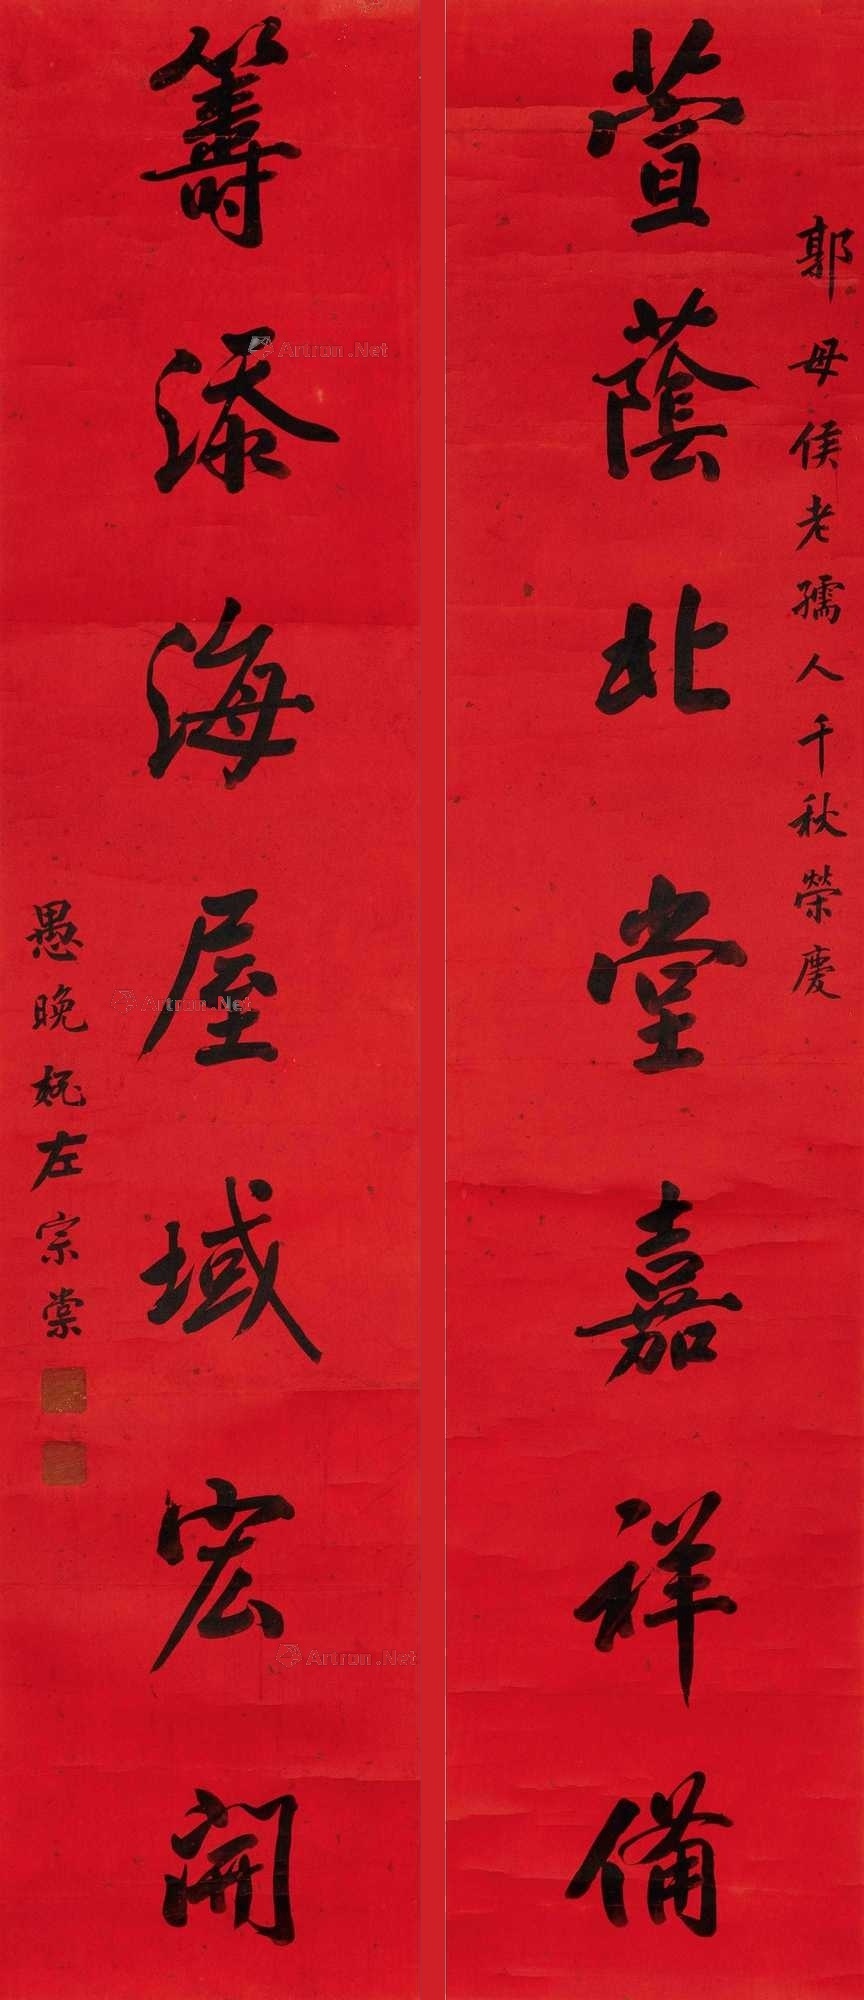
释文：萱荫北堂嘉祥备，筹添海屋域宏开。郭母侯老孺人千秋荣庆，愚晚姪左宗棠。